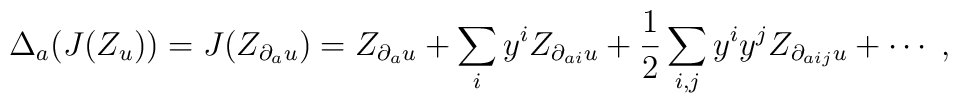
\Delta_a(J(Z_u))=J(Z_{\partial_a u})= Z_{\partial_a u} +\sum_{i}y^i Z_{\partial_{ai} u} + {1\over 2}\sum_{i,j}y^i y^j Z_{\partial_{aij} u} + \cdots\;,